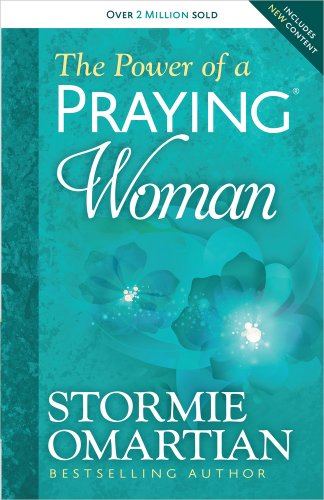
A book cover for The Power of a Praying Woman; Stormie Omartian; Christian Books & Bibles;